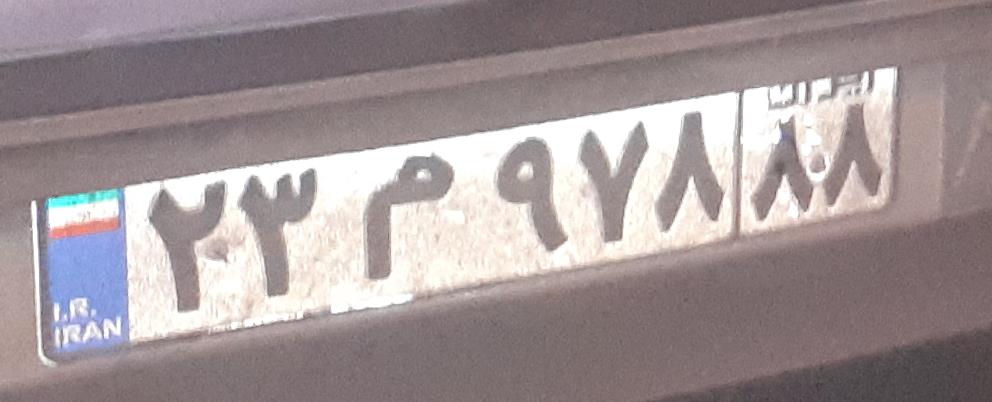
۲۳م۹۷۸۸۸